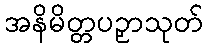
အနိမိတ္တပဉှာသုတ်